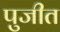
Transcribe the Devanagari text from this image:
पुजीत